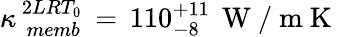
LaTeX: \kappa_{\, \, memb}^{\, 2LRT_{0}}\, =\, 110_{-8}^{+11}\, \mathrm{~W~/~m~K~}